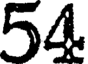
54